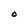
Character: O